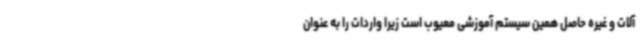
آلات و غیره حاصل همین سیستم آموزشی معیوب است زیرا واردات را به عنوان